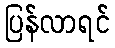
ပြန်လာရင်